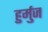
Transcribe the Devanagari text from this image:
हुर्मुज